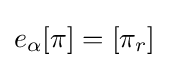
\displaystyle {e_{\alpha }[\pi ]=[\pi _{r}]}